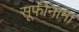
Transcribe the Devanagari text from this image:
सूफीनामा